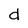
Character: d